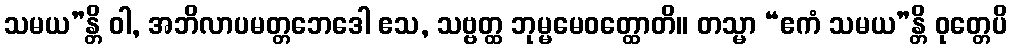
သမယ”န္တိ ဝါ, အဘိလာပမတ္တဘေဒေါ ဧသ, သဗ္ဗတ္ထ ဘုမ္မမေဝတ္ထောတိ။ တသ္မာ “ဧကံ သမယ”န္တိ ဝုတ္တေပိ